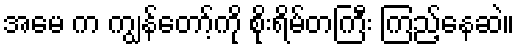
အမေ က ကျွန်တော့်ကို စိုးရိမ်တကြီး ကြည့်နေဆဲ။